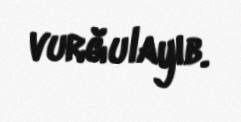
vurğulayıb.